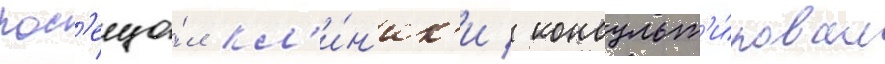
пос'еща́л кл'и́н'ик'и / консульт'и́ровал